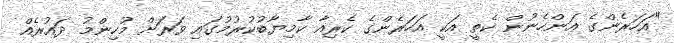
"އަހަރެންގެ އަންހެނުން ކެތީ އަކީ އަހަރެންގެ ކެރިއާ ކާމިޔާބުކުރުމުގައި ވަރަށް މުހިންމު ދައުރެއް